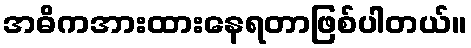
အဓိကအားထားနေရတာဖြစ်ပါတယ်။